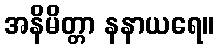
အနိမိတ္တာ နနာယရေ။